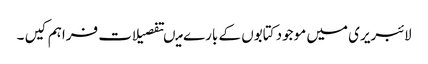
لائبریری میں موجود کتابوں کے بارے میںتفصیلات فراہم کیں ۔